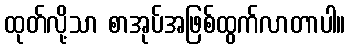
ထုတ်လို့သာ စာအုပ်အဖြစ်ထွက်လာတာပါ။